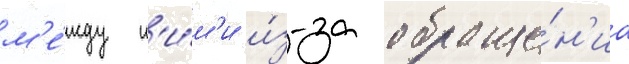
м'е́жду н'и́м'и и́з-за обраще́н'иа